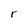
Character: r